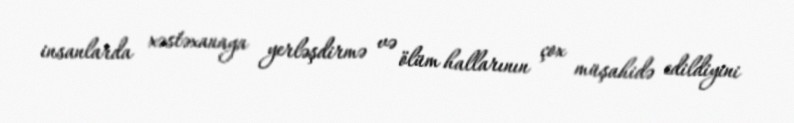
insanlarda xəstəxanaya yerləşdirmə və ölüm hallarının çox müşahidə edildiyini